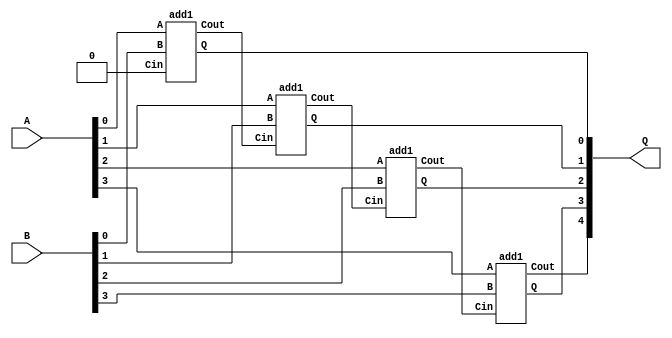

/*
 * Generate a combinational adder of any width. The width parameter can
 * be any integer value >0. The A and B inputs have WID bits, and the Q
 * output has WID+1 bits to include the overflow.
 */
module addN
  #(parameter WID = 4)
   (input wire [WID-1:0] A,
    input wire [WID-1:0] B,
    output wire [WID:0]  Q
    /* */);

   wire [WID-1:0]	Cout;

   /* The least significant slice has no Cin */
   add1 U0 (.A(A[0]), .B(B[0]), .Cin(1'b0), .Q(Q[0]), .Cout(Cout[0]));

   /* Generate all the remaining slices */
   genvar i;
   for (i = 1 ; i < WID ; i = i+1) begin : U
      add1 Un (.A(A[i]), .B(B[i]), .Cin(Cout[i-1]), .Q(Q[i]), .Cout(Cout[i]));
   end

   assign Q[WID] = Cout[WID-1];

endmodule // add

/*
 * This is a single-bit combinational adder used by the addH module
 * above.
 */
module add1(input A, input B, input Cin, output Q, output Cout);

   assign Q = A ^ B ^ Cin;
   assign Cout = A&B | A&Cin | B&Cin;

endmodule // hadd

`ifdef TEST_BENCH
module main;

   parameter WID = 4;
   reg [WID-1:0] A, B;
   wire [WID:0]  Q;

   addN #(.WID(WID)) usum (.A(A), .B(B), .Q(Q));

   int		 adx;
   int		 bdx;
   initial begin
      for (bdx = 0 ; bdx[WID]==0 ; bdx = bdx+1) begin
	 for (adx = 0 ; adx[WID]==0 ; adx = adx+1) begin
	    A <= adx[WID-1:0];
	    B <= bdx[WID-1:0];
	    #1 if (Q !== (adx+bdx)) begin
	       $display("FAILED -- A=%b, B=%b, Q=%b", A, B, Q);
	       $finish;
	    end
	 end
      end
      $display("PASSED");
   end

endmodule // main
`endif